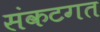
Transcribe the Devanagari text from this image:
संकटगत